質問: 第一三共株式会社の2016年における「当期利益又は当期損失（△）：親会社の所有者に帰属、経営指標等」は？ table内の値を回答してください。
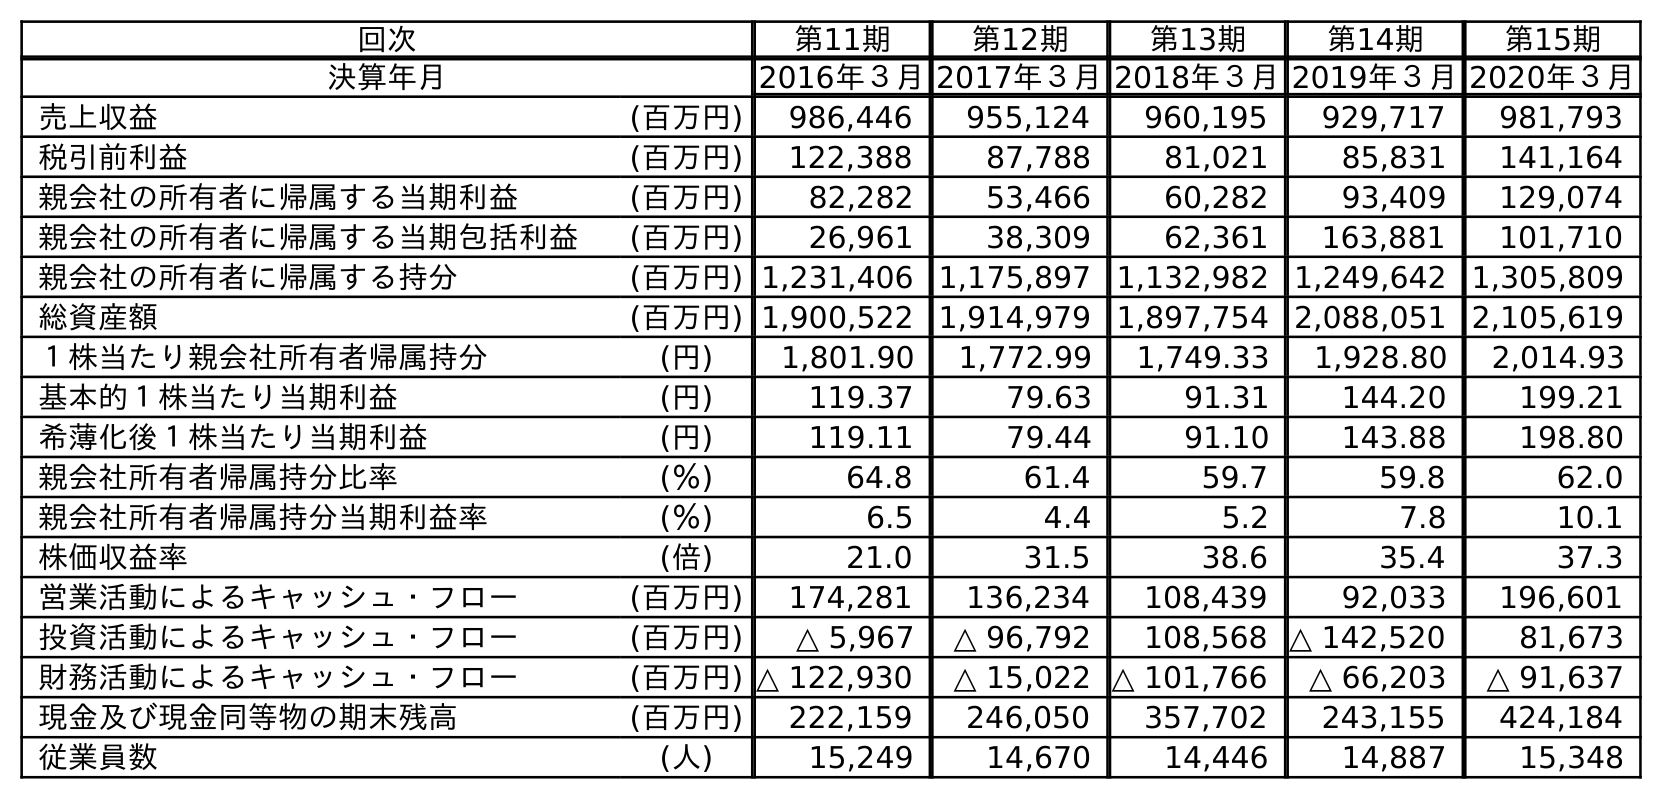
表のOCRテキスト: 回次 第11期 第12期 第13期 第14期 第15期 決算年月 2016年３月2017年３月2018年３月2019年３月2020年３月 売上収益 (百万円) 986,446 955,124 960,195 929,717 981,793 税引前利益 (百万円) 122,388 87,788 81,021 85,831 141,164 親会社の所有者に帰属する当期利益 (百万円) 82,282 53,466 60,282 93,409 129,074 親会社の所有者に帰属する当期包括利益 (百万円) 26,961 38,309 62,361 163,881 101,710 親会社の所有者に帰属する持分 (百万円) 1,231,406 1,175,897 1,132,982 1,249,642 1,305,809 総資産額 (百万円) 1,900,522 1,914,979 1,897,754 2,088,051 2,105,619 １株当たり親会社所有者帰属持分 (円) 1,801.90 1,772.99 1,749.33 1,928.80 2,014.93 基本的１株当たり当期利益 (円) 119.37 79.63 91.31 144.20 199.21 希薄化後１株当たり当期利益 (円) 119.11 79.44 91.10 143.88 198.80 親会社所有者帰属持分比率 (％) 64.8 61.4 59.7 59.8 62.0 親会社所有者帰属持分当期利益率 (％) 6.5 4.4 5.2 7.8 10.1 株価収益率 (倍) 21.0 31.5 38.6 35.4 37.3 営業活動によるキャッシュ・フロー (百万円) 174,281 136,234 108,439 92,033 196,601 投資活動によるキャッシュ・フロー (百万円) △ 5,967 △ 96,792 108,568 △ 142,520 81,673 財務活動によるキャッシュ・フロー (百万円) △ 122,930 △ 15,022 △ 101,766 △ 66,203 △ 91,637 現金及び現金同等物の期末残高 (百万円) 222,159 246,050 357,702 243,155 424,184 従業員数 (人) 15,249 14,670 14,446 14,887 15,348
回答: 82,282